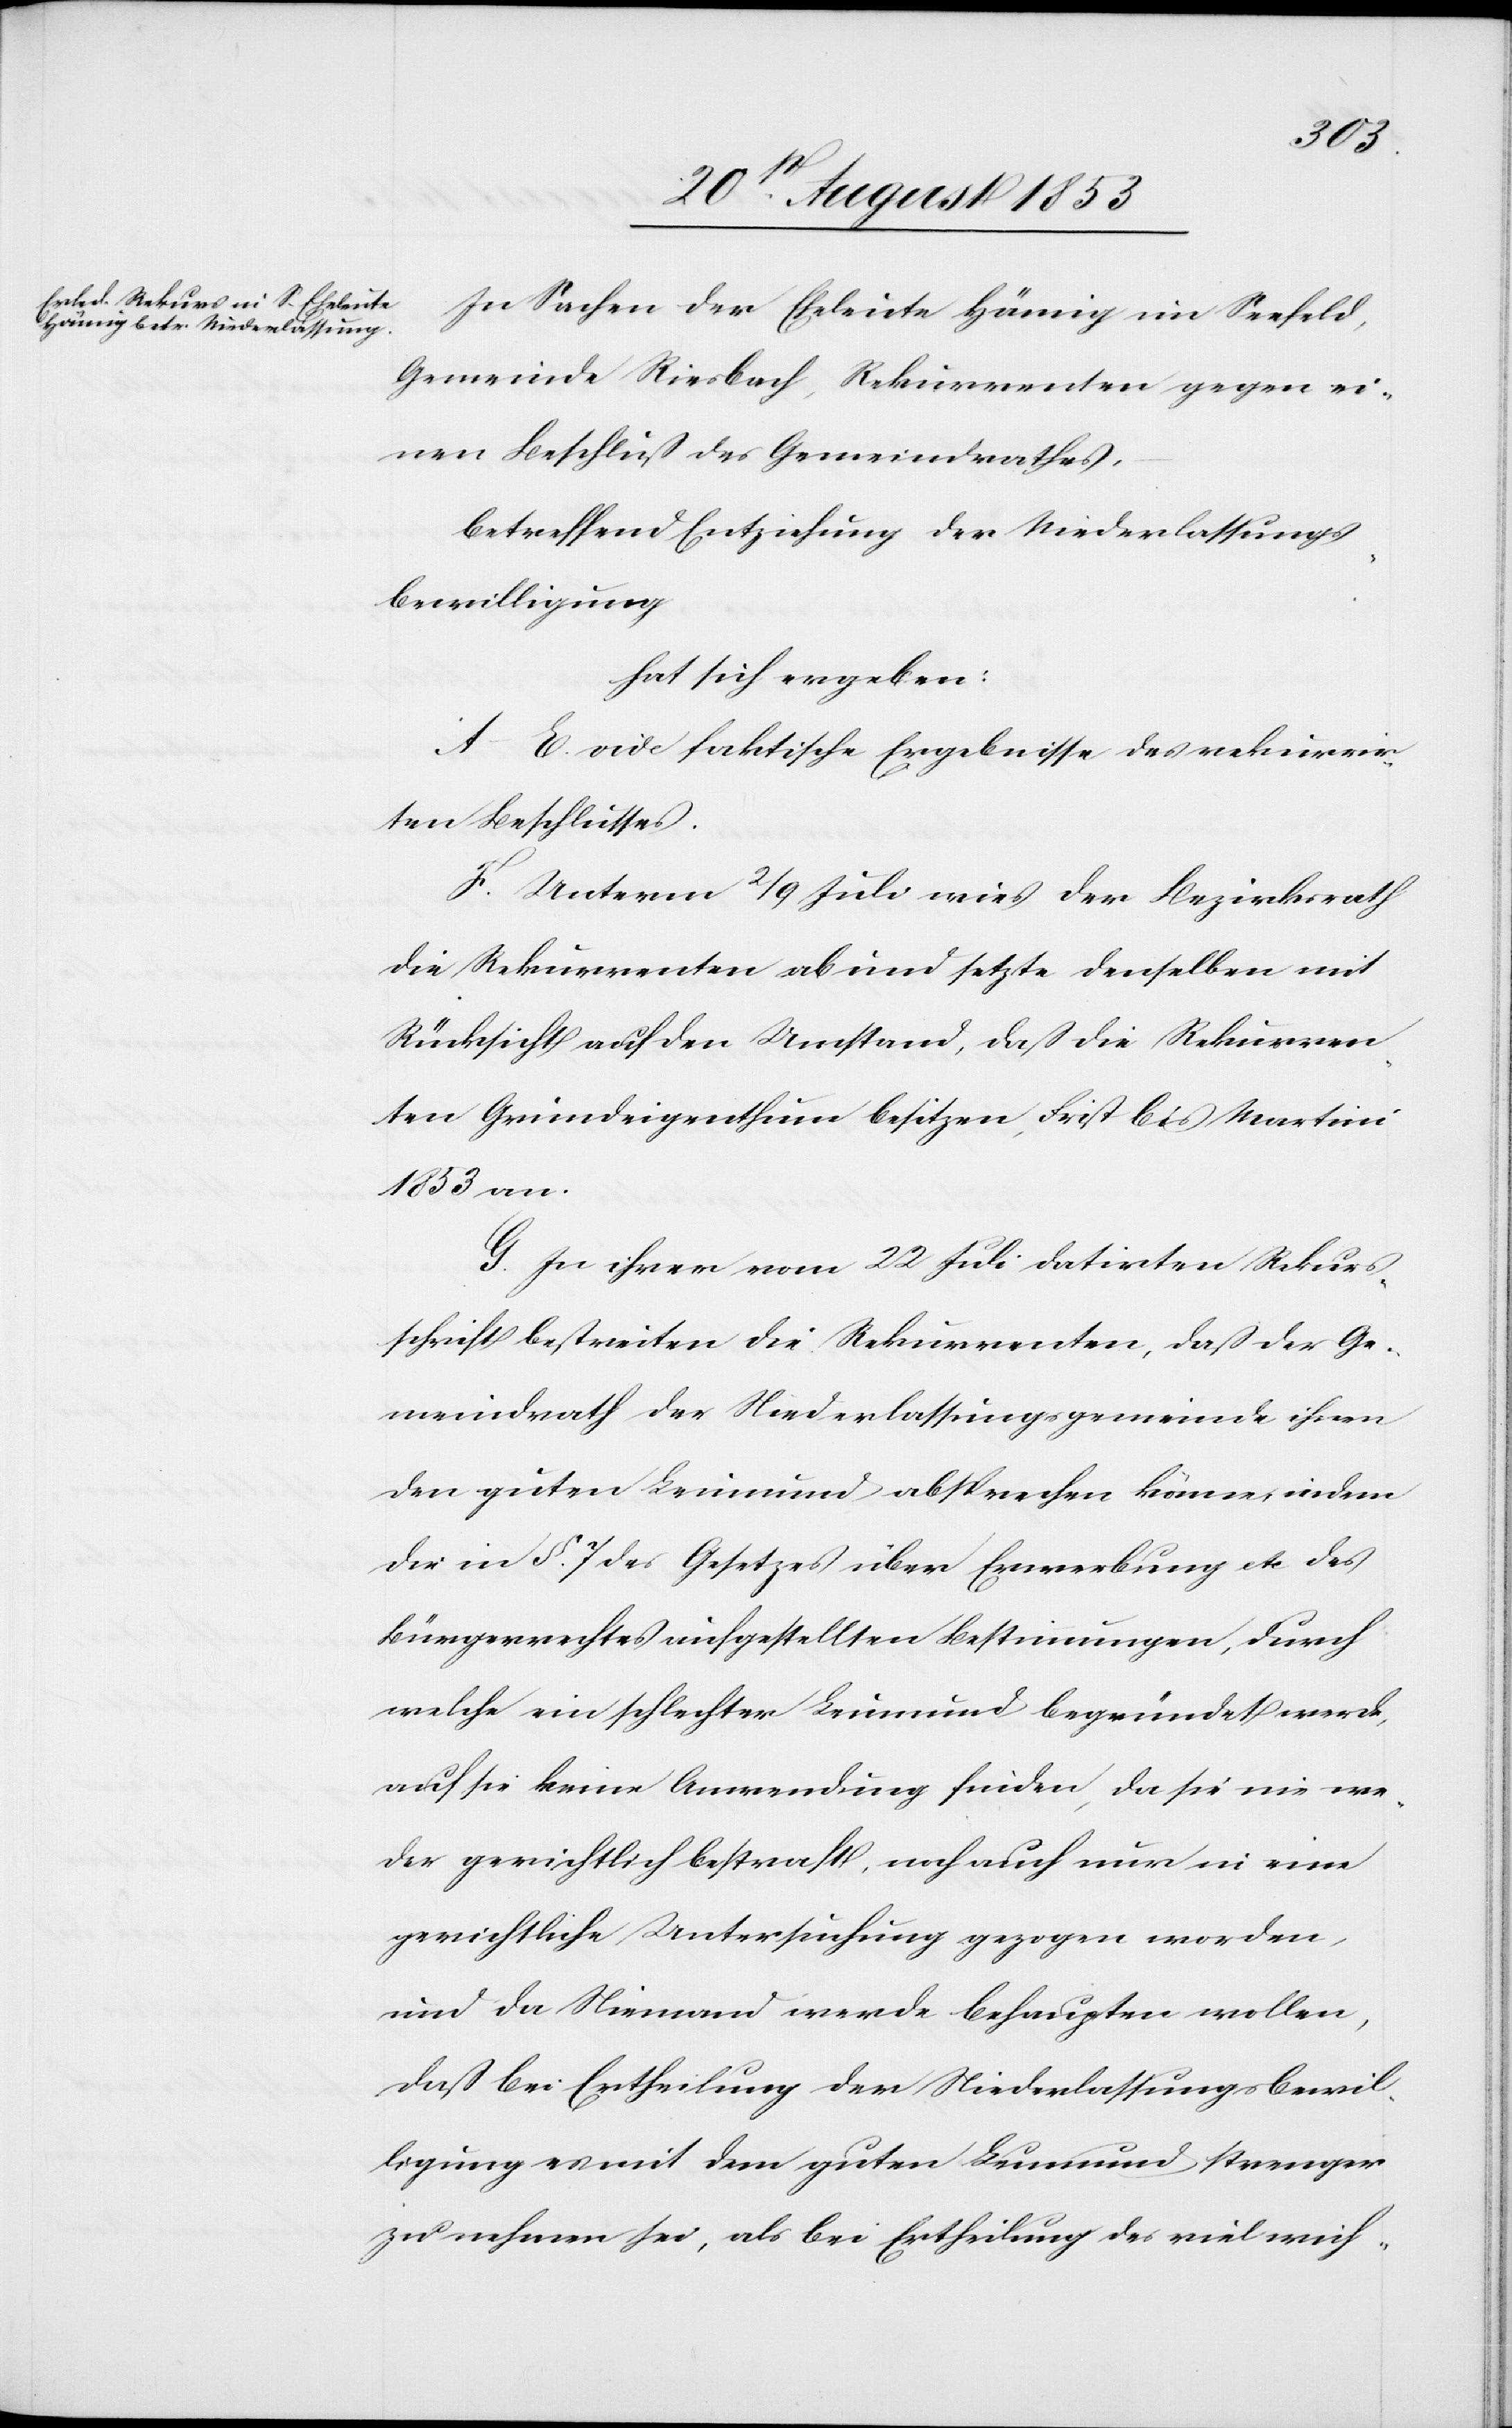
In Sachen der Eheleute Hämig im Seefeld,
Gemeinde Riesbach, Rekurrenten gegen ei¬
nen Beschluß des Gemeindrathes,
betreffend Entziehung der Niederlaßungs¬
bewilligung,
hat sich ergeben:
A–E. vide faktische Ergebniße des rekurrir¬
ten Beschlusses.
F. Unterm 2/9 Juli wies der Bezirksrath
die Rekurrenten ab und setzte denselben mit
Rücksicht auf den Umstand, daß die Rekurren¬
ten Grundeigenthum besitzen, Frist bis Martini
1853 an.
G. In ihrer vom 22 Juli datirten Rekurs¬
schrift bestreiten die Rekurrenten, daß der Ge¬
meindrath der Niederlassungsgemeinde ihnen
den guten Leumund absprechen könne, indem
die in § 7 des Gesetzes über Erwerbung etc. des
Bürgerrechtes aufgestellten Bestimmungen, durch
welche ein schlechter Leumund begründet werde,
auf sie keine Anwendung finden, da sie nie we¬
der gerichtlich bestraft, noch auch nur in eine
gerichtliche Untersuchung gezogen worden,
und da Niemand werde behaupten wollen,
daß bei Ertheilung der Niederlaßungsbewil¬
ligung es mit dem guten Leumund strenger
zu nehmen sei, als bei Ertheilung des viel wich-